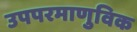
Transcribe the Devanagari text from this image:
उपपरमाणुविक